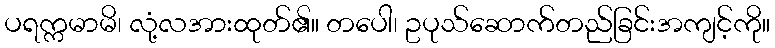
ပရက္ကမာမိ၊ လုံ့လအားထုတ်၏။ တပေါ၊ ဥပုသ်ဆောက်တည်ခြင်းအကျင့်ကို။